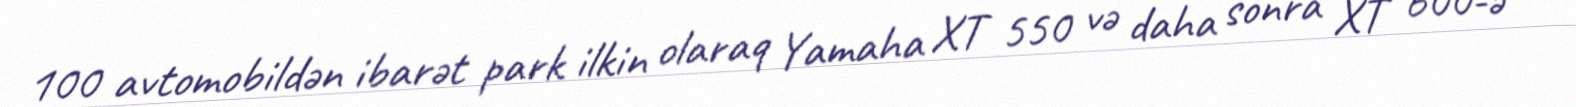
100 avtomobildən ibarət park ilkin olaraq Yamaha XT 550 və daha sonra XT 600-ə